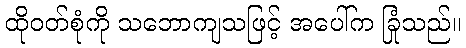
ထိုဝတ်စုံကို သဘောကျသဖြင့် အပေါ်က ခြုံသည်။